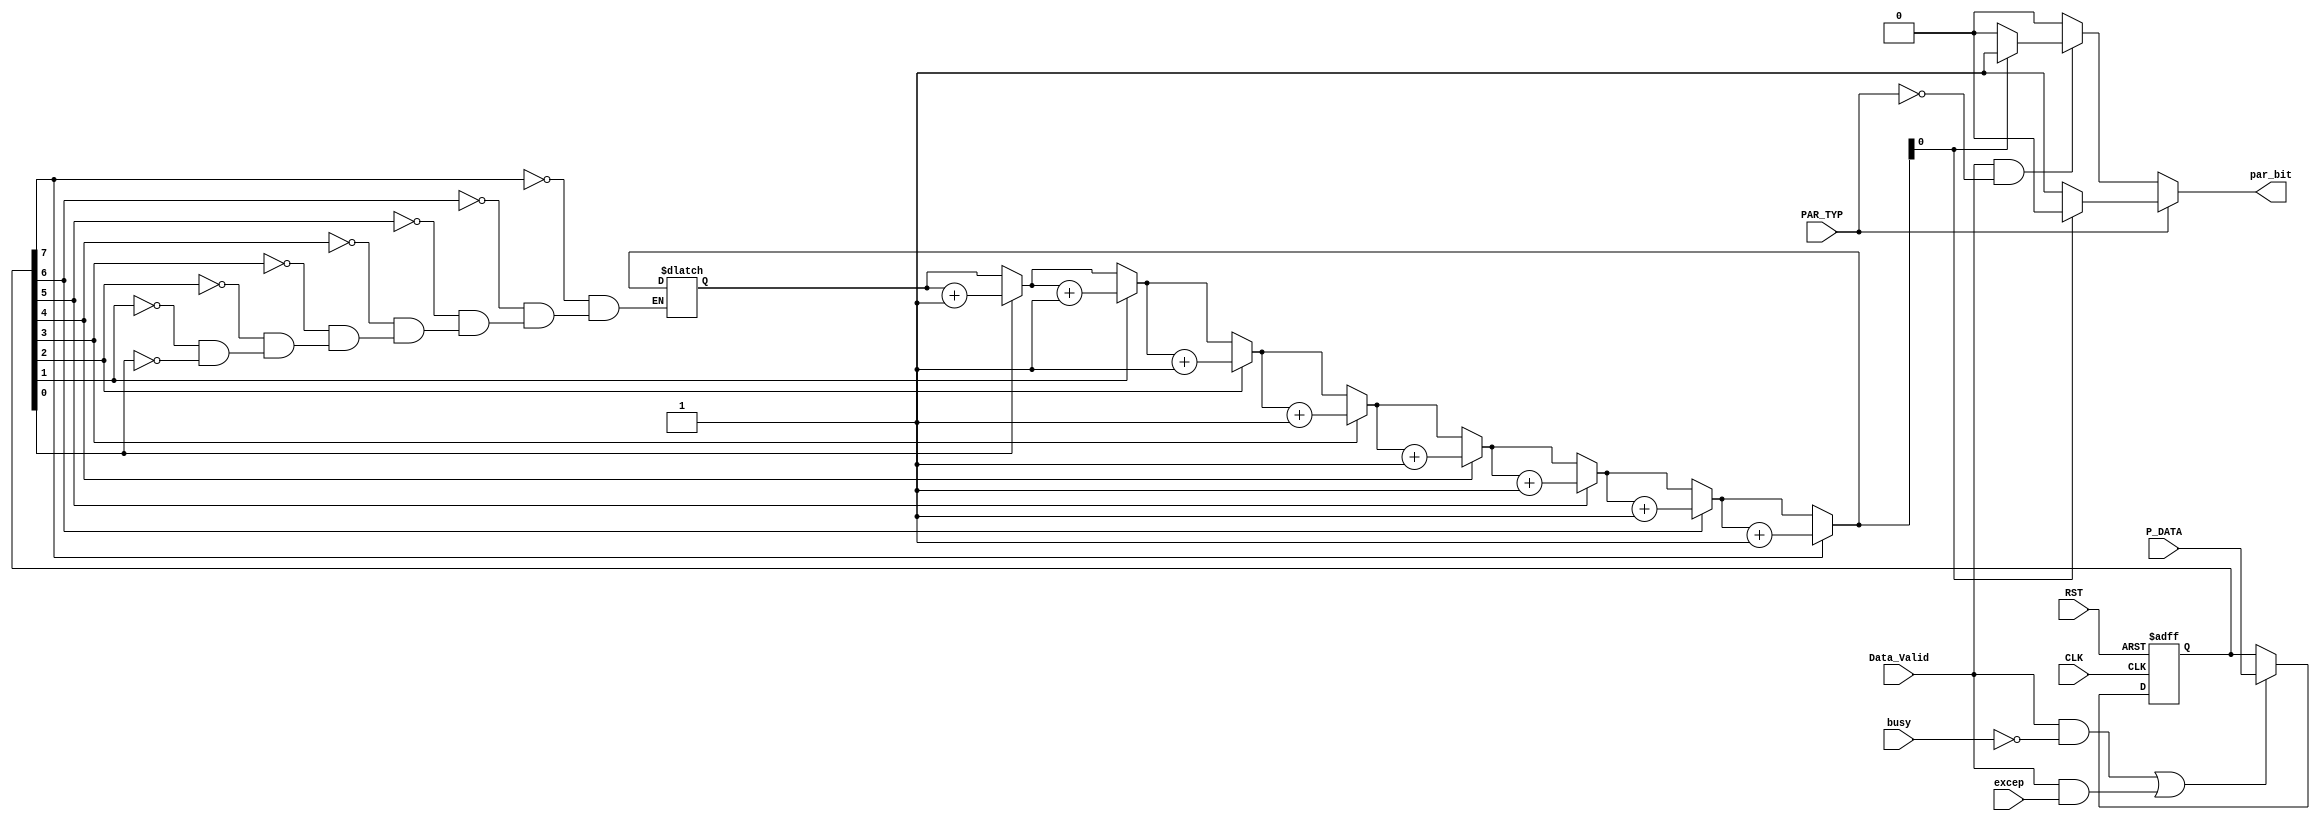
module Parity_Calc (

input   wire              Data_Valid,PAR_TYP,CLK,RST,busy,excep,
input   wire    [7:0]     P_DATA,

output  reg               par_bit

);

integer i;

reg [7:0] IN_DATA;

reg [2:0] ones_count;

always @(posedge CLK or negedge RST)
begin

if(!RST)

IN_DATA <= 8'b0;

else

begin

// Condition of accepting Input Data to the Prity Calculator Block.

if(Data_Valid && !busy || (Data_Valid && excep))
begin

IN_DATA <= P_DATA;

end

end

end

always @(*)
begin

for(i=0;i<8;i=i+1)
begin

//Counting the number of ones in the Input Data.

if(IN_DATA[i])
ones_count = ones_count+3'b1;

end

if(PAR_TYP) //Odd Parity
begin

if(ones_count[0]) //No. of ones is Odd
par_bit = 1'b0;

else
par_bit=1'b1;

end

else if(Data_Valid && !PAR_TYP) //Even Parity
begin

if(ones_count[0])
par_bit = 1'b1;

else
par_bit=1'b0;

end

else
par_bit=1'b0;

end

endmodule